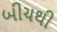
બીચથી